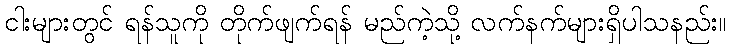
ငါးများတွင် ရန်သူကို တိုက်ဖျက်ရန် မည်ကဲ့သို့ လက်နက်များရှိပါသနည်း။